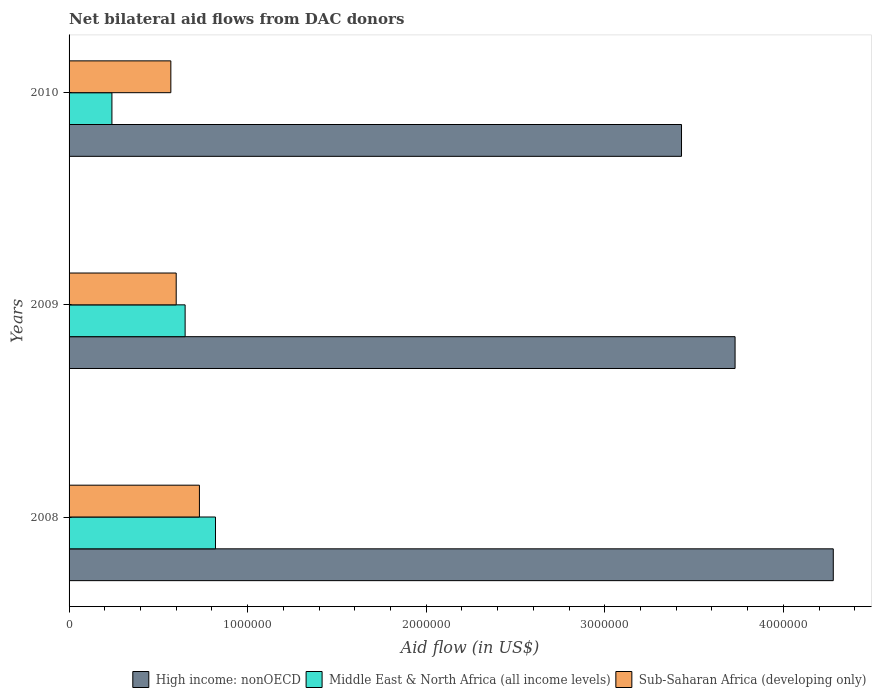
| Years | High income: nonOECD | Middle East & North Africa (all income levels) | Sub-Saharan Africa (developing only) |
 | --- | --- | --- | --- |
 | 2008 | 4.28e+06 | 8.2e+05 | 7.3e+05 |
 | 2009 | 3.73e+06 | 6.5e+05 | 6e+05 |
 | 2010 | 3.43e+06 | 2.4e+05 | 5.7e+05 |